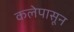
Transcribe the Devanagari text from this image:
कलेपासून